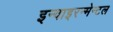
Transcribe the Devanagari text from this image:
इन्वाइरन्मेन्टल